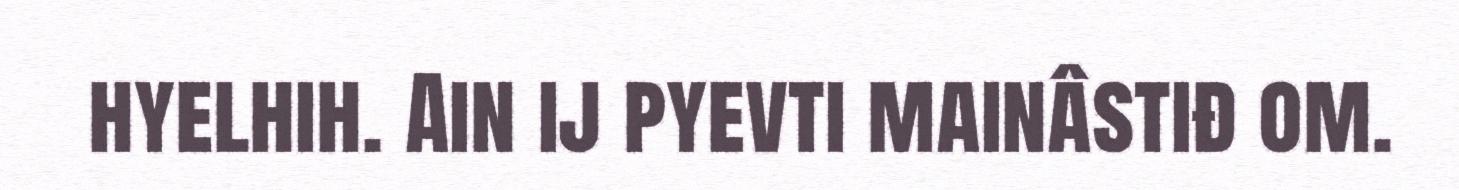
hyelhih. Ain ij pyevti mainâstiđ om.